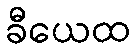
ခီယေထ